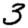
Digit: 3